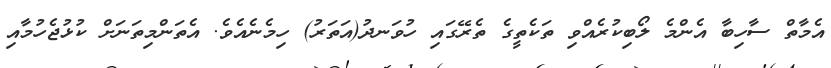
އެމާތް ސާހިބާ އެންމެ ލޯބިކުރެއްވި ތަކެތީގެ ތެރޭގައި ހުވަނދު(އަތަރު) ހިމެނެއެވެ. އެތަންމިތަނަށް ކުޅުޖެހުމާއި